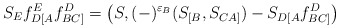
\begin{align*}S_Ef_{D[A}^Ef_{BC]}^D=\left(S,(-)^{\varepsilon_B}(S_{[B},S_{CA]})-S_{D[A}f_{BC]}^D\right)\end{align*}